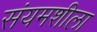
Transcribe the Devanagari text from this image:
संयमशीला